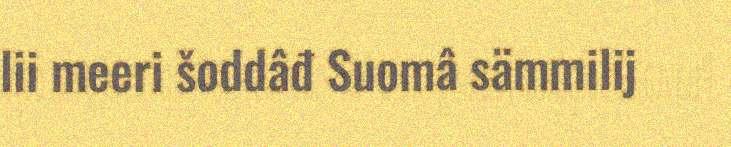
lii meeri šoddâđ Suomâ sämmilij